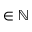
\in \mathbb { N }